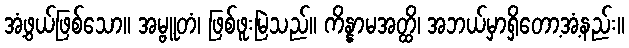
အံ့ဖွယ်ဖြစ်သော။ အမ္ဗူတံ၊ ဖြစ်ဖူးမြဲသည်။ ကိန္နာမအတ္ထိ၊ အဘယ်မှာရှိတော့အံ့နည်း။